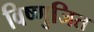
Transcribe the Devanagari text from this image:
विष्णुजित